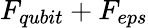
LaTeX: F_{qubit}+F_{eps}